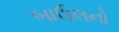
બાઉલનો